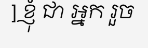
] ខ្ញុំ ជា អ្នក រួច